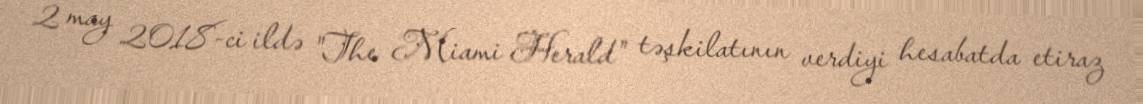
2 may 2018-ci ildə "The Miami Herald" təşkilatının verdiyi hesabatda etiraz